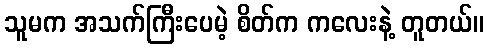
သူမက အသက်ကြီးပေမဲ့ စိတ်က ကလေးနဲ့ တူတယ်။